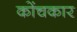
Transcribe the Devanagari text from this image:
कोंचकार